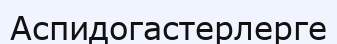
Аспидогастерлерге